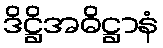
ဒိဋ္ဌိအဓိဋ္ဌာနံ